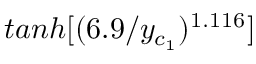
t a n h [ ( 6 . 9 / y _ { c _ { 1 } } ) ^ { 1 . 1 1 6 } ]